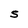
Character: S